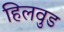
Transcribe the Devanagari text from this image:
हिलवुड